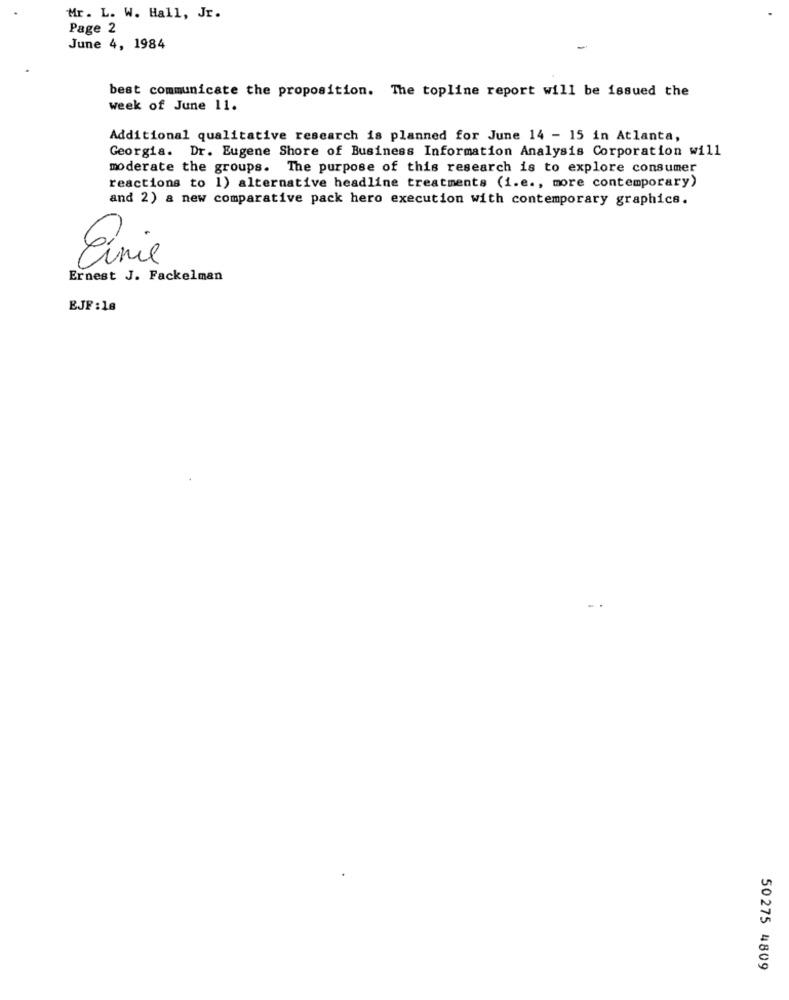
Mr. L. W. Hall, Jr.
Page 2
June 4, 1984
-
best communicate the proposition. The topline report will be issued the
week of June 11.
Additional qualitative research is planned for June 14 - 15 in Atlanta,
Georgia. Dr. Eugene Shore of Business Information Analysis Corporation will
moderate the groups. The purpose of this research is to explore consumer
reactions to 1) alternative headline treatments (i.e ., more contemporary)
and 2) a new comparative pack hero execution with contemporary graphics.
Eunie
Ernest J. Fackelman
EJF :18
50275 4809